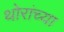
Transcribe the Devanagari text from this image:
थोरांच्या